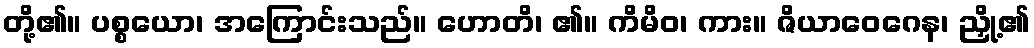
တို့၏။ ပစ္စယော၊ အကြောင်းသည်။ ဟောတိ၊ ၏။ ကိမိဝ၊ ကား။ ဇိယာဝေဂေန၊ ညှို့၏